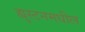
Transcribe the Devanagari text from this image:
ह्युस्टनमधील